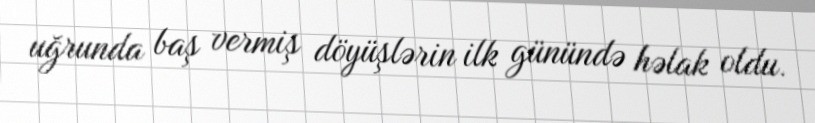
uğrunda baş vermiş döyüşlərin ilk günündə həlak oldu.